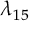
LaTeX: \lambda _ { 1 5 }